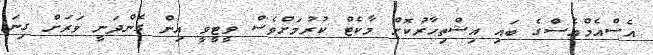
އެސްއެމްއެސްގެ ބައި އިޝްތިހާރުކޮށް މާކެޓް ކުރުމަށްވެސް ވީޓީވީ އިން ގެންދަނީ ވަރަށް ގިނަ